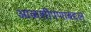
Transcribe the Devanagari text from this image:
आळशीपणाबद्दल